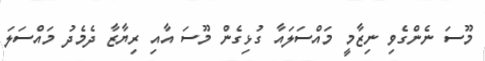
މޫސަ ނެންގެވި ނިޒާމީ މައްސަލައާ ގުޅިގެން މޫސަ އާއި ރިޔާޒާ ދެމެދު މައްސަލަ